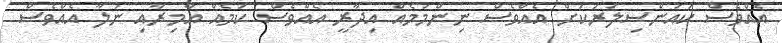
އެއްވެސް ކައުންސިލަރަކަށް އެއްވެސް ނިންމުމެއް އިދާރީ އެއްވެސް ކަމެއް އާމިރާއި ނުލާ އެއްވެސް